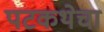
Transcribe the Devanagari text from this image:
पटकथेचा